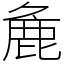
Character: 麁